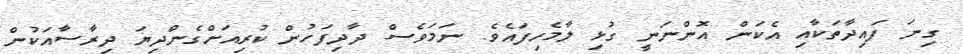
ގިނަ ފައިދާތަކާއި އެކަން އޮންނަނީ ގުޅި ލާމެހިފައެވެ. ނަމަވެސް ދާދިފަހުން ކުރިއަށްގެންދިޔަ ދިރާސާއަކުން